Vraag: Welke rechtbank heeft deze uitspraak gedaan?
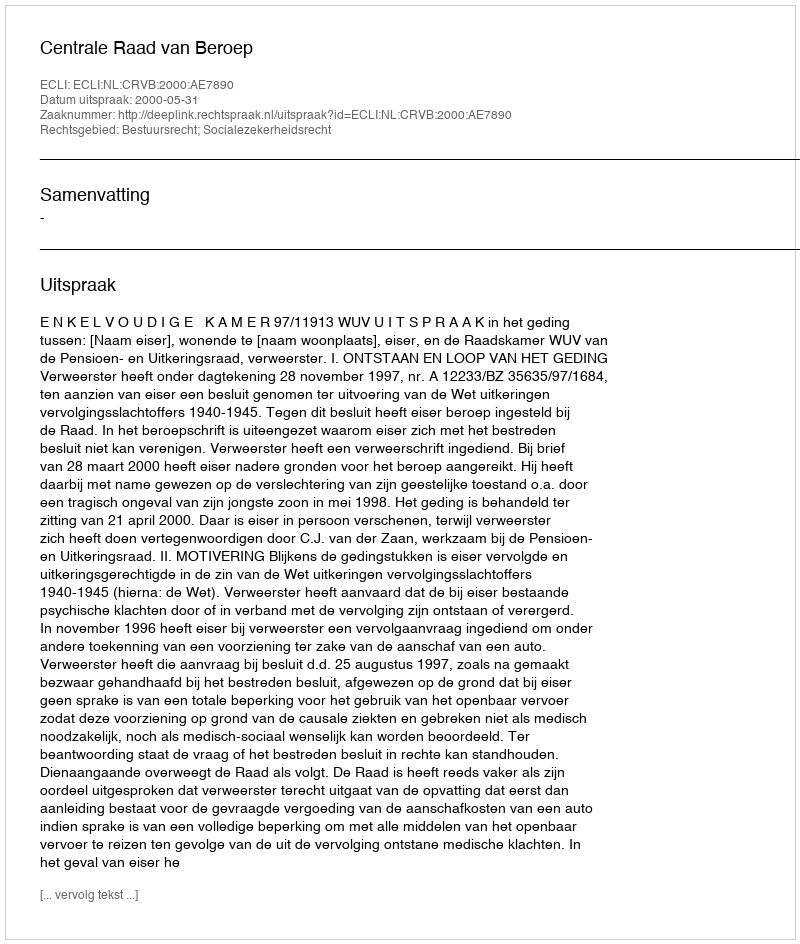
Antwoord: Centrale Raad van Beroep